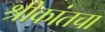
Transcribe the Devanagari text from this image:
श्रीकांतचा